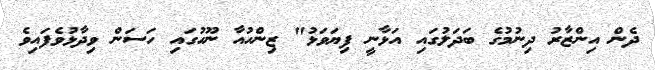
ދެން އިންޒާރު ދިނުމުގެ ބަދަލުގައި އަޅާނީ ފިޔަވަޅު" ޒިންހުއާ ނޫހުގައި ހަސަން ވިދާޅުވެފައިވެ